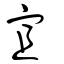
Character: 宐